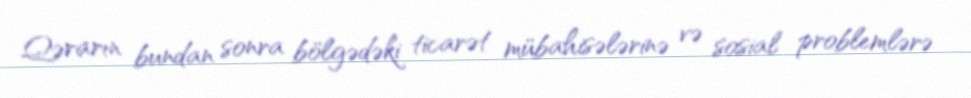
Qərarın bundan sonra bölgədəki ticarət mübahisələrinə və sosial problemlərə